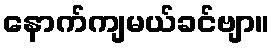
နောက်ကျမယ်ခင်ဗျာ။